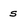
Character: s